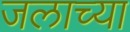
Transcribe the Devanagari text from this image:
जलाच्या